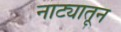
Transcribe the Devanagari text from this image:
नाट्यातून